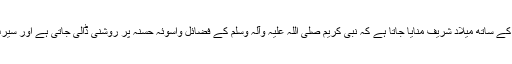
مصر میںاس طرح جو ش وخروش اور اعتدال کے ساتھ میلاد شریف منایا جاتا ہے کہ نبی کریم صلی اللہ علیہ وآلہ وسلم کے فضائل واسوئہ حسنہ پر روشنی ڈالی جاتی ہے اور سیرت طیبہ کے مختلف پہلو اجاگر کئے جاتے ہیں۔